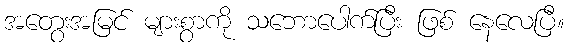
အတွေးအမြင် များစွာကို သဘောပေါက်ပြီး ဖြစ် နေလေပြီ။